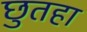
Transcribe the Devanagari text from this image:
छुतहा